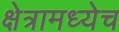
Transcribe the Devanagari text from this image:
क्षेत्रामध्येच